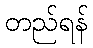
တည်ရန်